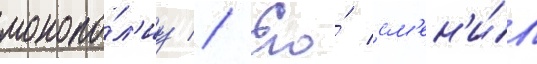
монопо́л'иу // Его́ см'ен'и́л